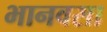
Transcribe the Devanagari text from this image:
भानवसा